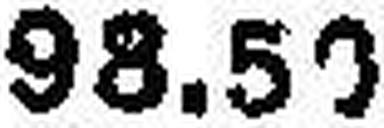
98.50